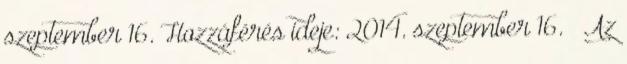
szeptember 16. Hozzáférés ideje: 2014. szeptember 16. ↑ Az